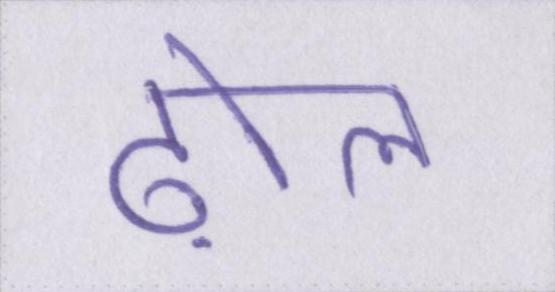
ढ़ोल